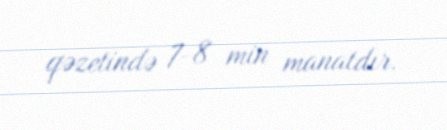
qəzetində 7-8 min manatdır.